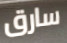
سارق